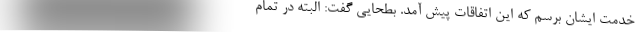
خدمت ایشان برسم که این اتفاقات پیش آمد. بطحایی گفت: البته در تمام